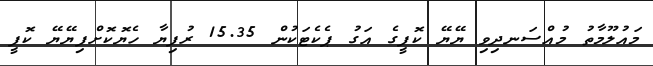
މައުލޫމާތު މުއްސަނދިވި ޔޭޔޭ ކޮފީގެ އަގު ޕެކެޓަކުން 15.35 ރުފިޔާ ހެޔޮކޮށްފިޔޭޔޭ ކޮފީ